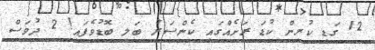
12 ގަޑި ކުރިން ކުޑަ ރަށެއްގައި ކެންސަރު ބަލި ބޮޑުވެފައި! 2 ދުވަސް